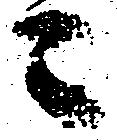
ニ